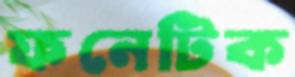
ফনেটিক